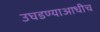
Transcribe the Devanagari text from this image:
उघडण्याआधीच